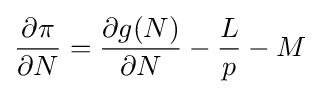
{\frac {\partial \pi }{\partial N}}={\frac {\partial g(N)}{\partial N}}-{\frac {L}{p}}-M